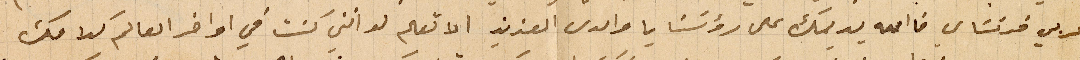
عربي فرنسَاي فالله يديمك على رؤسَنا يا والدي العزيز الا تعلم لو انني كنت في اواخر العالم كلامك